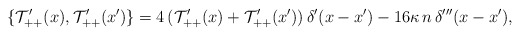
\begin{align*}\{ \mathcal T'_{++}(x), \mathcal T'_{++}(x') \} = 4 \, (\mathcal T'_{++}(x) + \mathcal T'_{++}(x')) \, \delta'(x - x') - 16 \kappa \, n \, \delta'''(x - x'),\end{align*}